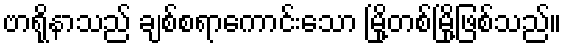
ဗာရိုနာသည် ချစ်စရာကောင်းသော မြို့တစ်မြို့ဖြစ်သည်။